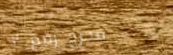
مخرج رقم ٢